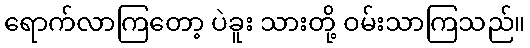
ရောက်လာကြတော့ ပဲခူး သားတို့ ဝမ်းသာကြသည်။